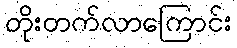
တိုးတက်လာကြောင်း